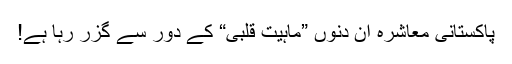
پاکستانی معاشرہ اِن دنوں ”ماہیت قلبی“ کے دور سے گزر رہا ہے!